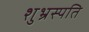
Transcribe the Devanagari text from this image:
शुभ्रस्पति